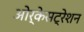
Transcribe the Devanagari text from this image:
ओर्केसट्रेशन